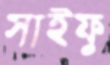
সাইফু